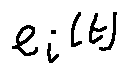
e _ { i } ( t )